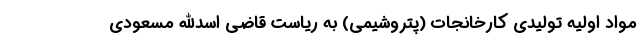
مواد اولیه تولیدی کارخانجات (پتروشیمی) به ریاست قاضی اسدالله مسعودی